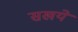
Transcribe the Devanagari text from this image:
सखये